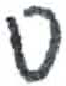
אות: ס